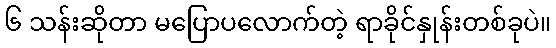
၆ သန်းဆိုတာ မပြောပလောက်တဲ့ ရာခိုင်နှုန်းတစ်ခုပဲ။